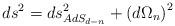
LaTeX: \begin{align*}ds^2=ds_{AdS_{d-n}}^2+\left( d\Omega _n\right) ^2\end{align*}